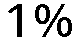
1%